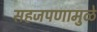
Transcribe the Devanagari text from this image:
सहजपणामुळे